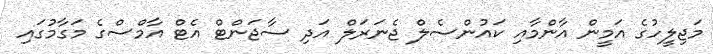
މަޖިލީހުގެ އަމީން އާންމާއި ކައުންސެލް ޖެނަރަލް އަދި ސާޖަންޓް އެޓް އާމްސްގެ މަގާމުގައި